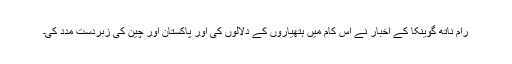
رام ناتھ گوینکا کے اخبار نے اس کام میں ہتھیاروں کے دلالوں کی اور پاکستان اور چین کی زبردست مدد کی۔